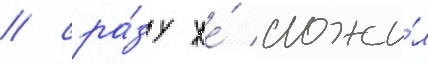
/ сра́зу же́ сложи́л